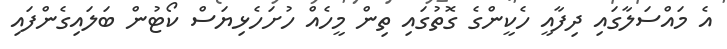
އެ މައްސަލާގައި ދިފާއީ ހެކީންގެ ގޮތުގައި ތިން މީހެއް ހުށަހެޅިޔަސް ކޯޓުން ބަލައިގެންފައި